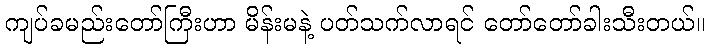
ကျပ်ခမည်းတော်ကြီးဟာ မိန်းမနဲ့ ပတ်သက်လာရင် တော်တော်ခါးသီးတယ်။